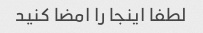
لطفا اینجا را امضا کنید